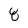
Character: 8